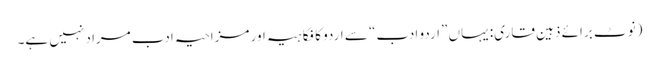
(نوٹ برائے ذہین قاری: یہاں ”اردو ادب“ سے اردو کا فکاہیہ اور مزاحیہ ادب مراد نہیں ہے۔